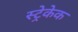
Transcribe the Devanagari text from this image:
स्ट्रेकेक